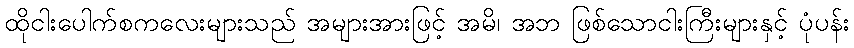
ထိုငါးပေါက်စကလေးများသည် အများအားဖြင့် အမိ၊ အဘ ဖြစ်သောငါးကြီးများနှင့် ပုံပန်း